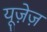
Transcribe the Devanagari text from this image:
यूज़ेज़